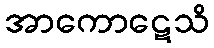
အာကောဋေသိ